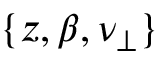
\{ z , \beta , \nu _ { \perp } \}